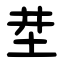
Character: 坓